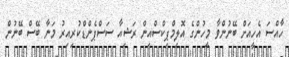
ހާއްސަ އެހީއަށް ބޭނުންވާ މީހުންގެ އޮލިމްޕިކްސްއިން ރަޝިއާ ސަސްޕެންޑްކުރިއިރު މަނާ ބޭސް ބޭނުން